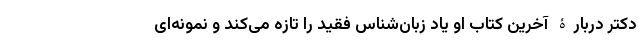
دکتر دربارۀ آخرین کتاب او یاد زبان‌شناس فقید را تازه می‌کند و نمونه‌ای